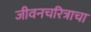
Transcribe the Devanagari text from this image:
जीवनचरित्राचा